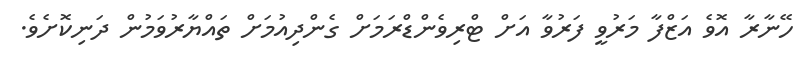
ހޭނާރާ އޮވެ އަޒްފާ މަރުވީ ފަރުވާ އަށް ޓްރިވެންޑްރަމަށް ގެންދިއުމަށް ތައްޔާރުވަމުން ދަނިކޮށެވެ.